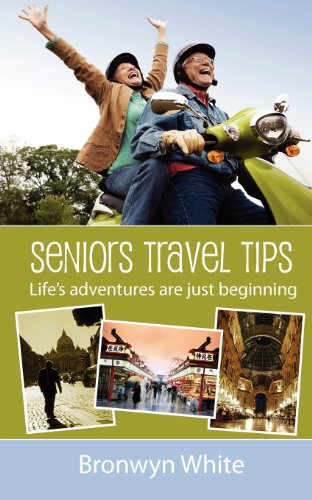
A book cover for Seniors Travel Tips: Make the most of your senior status in your travels.  Get the best deals, discounts and be your own travel agent.; Ms Bronwyn Jane White; Travel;